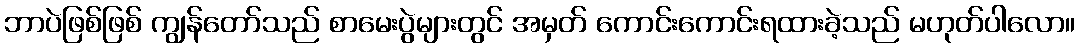
ဘာပဲဖြစ်ဖြစ် ကျွန်တော်သည် စာမေးပွဲများတွင် အမှတ် ကောင်းကောင်းရထားခဲ့သည် မဟုတ်ပါလော။